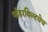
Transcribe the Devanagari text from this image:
व्हँडरबिल्टचेच